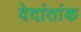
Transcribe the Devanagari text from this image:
वेदांतांक